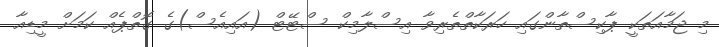
މި ޖަމާއަތަކީ ޕާކިސްތާންގައި ހަރަކާތްތެރިވާ އިސްލާމިކް ސްޓޭޓް (އައިއެސް)ގެ ގޮތްޕެއް ކަމަށް މީޑިއާ